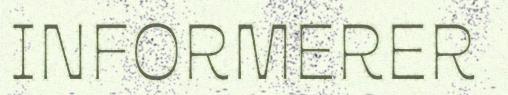
INFORMERER